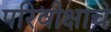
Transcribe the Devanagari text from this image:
परिवीक्षाचे